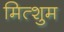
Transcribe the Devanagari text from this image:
मित्शुम